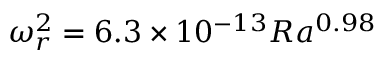
\omega _ { r } ^ { 2 } = 6 . 3 \times 1 0 ^ { - 1 3 } R a ^ { 0 . 9 8 }